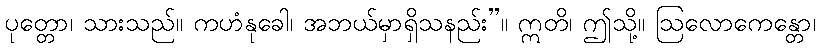
ပုတ္တော၊ သားသည်။ ကဟံနုခေါ၊ အဘယ်မှာရှိသနည်း”။ ဣတိ၊ ဤသို့။ ဩလောကေန္တော၊